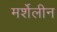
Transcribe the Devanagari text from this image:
मर्शेलीन